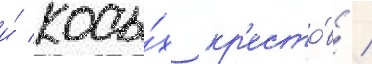
и́ косы́х кр'есто́в /